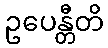
ဥပေန္တီတိ